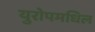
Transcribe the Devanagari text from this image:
युरोपमधिल